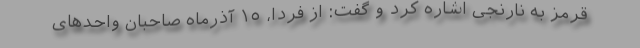
قرمز به نارنجی اشاره کرد و گفت: از فردا، ١٥ آذرماه صاحبان واحدهای